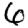
Digit: 6